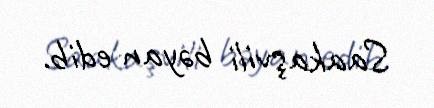
Saakaşvili bəyan edib.